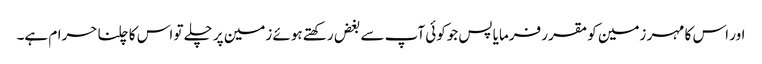
اور اس کا مہر زمین کو مقرر فرمایا پس جوکوئی آپ سے بغض رکھتے ہوئے زمین پر چلے تو اس کا چلنا حرام ہے۔